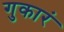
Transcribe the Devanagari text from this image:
गुकारं